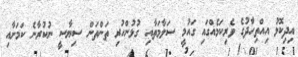
އިދިކޮޅު އިއްތިހާދުގެ ވެރިކަމެއްގައި ގައުމީ ސަލާމަތާއި ގުޅުންހުރި ތަންތަން ސިޔާސީ ނުކުރާނެ ކަމަށާއި